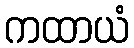
ကထာယံ